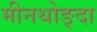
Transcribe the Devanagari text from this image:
मीनथोङ्दा